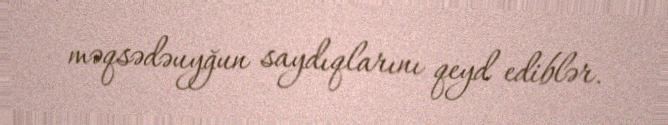
məqsədəuyğun saydıqlarını qeyd ediblər.